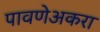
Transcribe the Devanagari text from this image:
पावणेअकरा